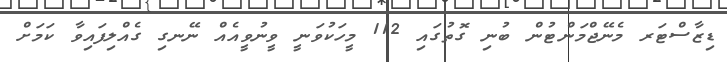
ޑިޒާސްޓަރ މެނޭޖްމަންޓުން ބުނި ގޮތުގައި 112 މީހަކުވަނީ ވީނުވީއެއް ނޭނގި ގެއްލިފައިވާ ކަމަށް